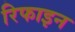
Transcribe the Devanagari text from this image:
रिफाइन